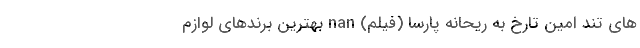
های تند امین تارخ به ریحانه پارسا (فیلم) nan بهترین برندهای لوازم